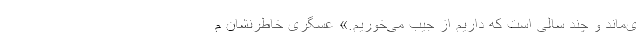
ی‌ماند و چند سالی است که داریم از جیب می‌خوریم.» عسگری خاطرنشان م